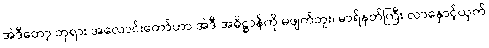
အဲဒီတော့ ဘုရား အလောင်းတော်ဟာ အဲဒီ အဓိဋ္ဌာန်ကို မဖျက်ဘူး၊ မာရ်နတ်ကြီး လာနှောင့်ယှက်